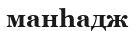
манһадж